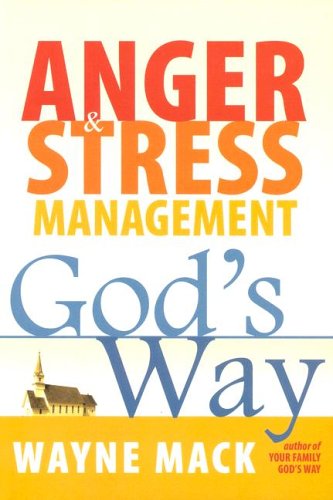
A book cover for Anger & Stress Management God's Way; Wayne Mack; Self-Help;